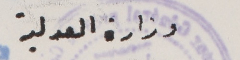
وزارة العدلية